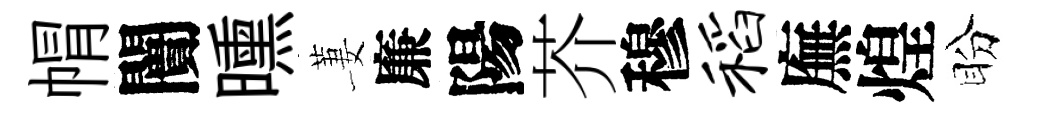
㡌闠曛萋廉陽芥穆稻廡煌盼